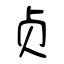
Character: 贞